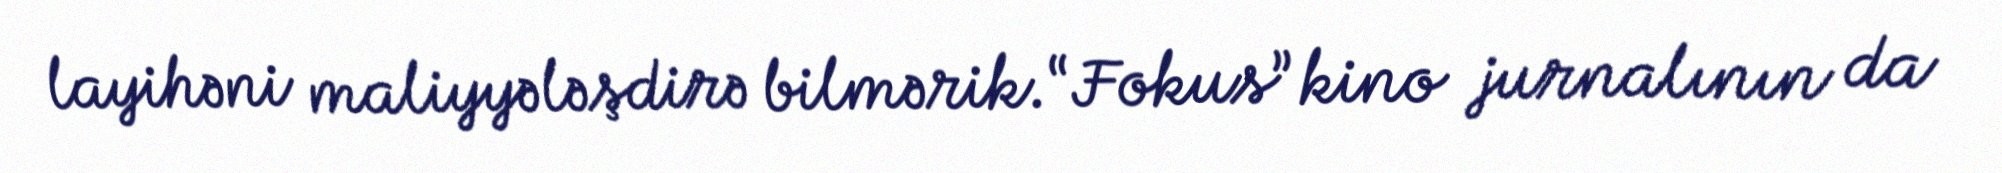
layihəni maliyyələşdirə bilmərik.“Fokus” kino jurnalının da